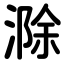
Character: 滁